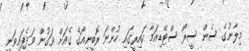
މިލާނުގެ ސެން ސީރޯ ސްޓޭޑިއަމާ ކައިރީގައި ހުންނަ ރޮބީނިއޯގެ ގެއަށް ވަގުން ވަދެފައިވަނީ